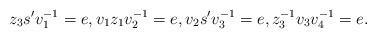
LaTeX: \begin{align*}z_{3}s^{\prime}v_{1}^{-1}=e,v_{1}z_{1}v_{2}^{-1}=e,v_{2}s^{\prime}v_{3}^{-1}=e,z_{3}^{-1}v_{3}v_{4}^{-1}=e.\end{align*}